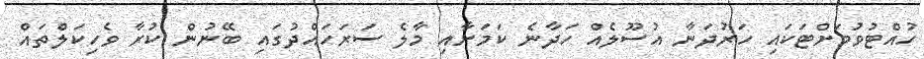
ހުއްޓުވުމަށްޓަކައި ހަރުދަނާ އުސޫލެއް ހަދާނެ ކަމަށާއި މާލެ ސަރަހައްދުގައި ބޭނުން ކުރާ ވެހިކަލްތައް